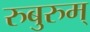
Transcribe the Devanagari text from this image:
रुबुरुम्